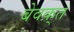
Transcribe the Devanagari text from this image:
बेवक़्त